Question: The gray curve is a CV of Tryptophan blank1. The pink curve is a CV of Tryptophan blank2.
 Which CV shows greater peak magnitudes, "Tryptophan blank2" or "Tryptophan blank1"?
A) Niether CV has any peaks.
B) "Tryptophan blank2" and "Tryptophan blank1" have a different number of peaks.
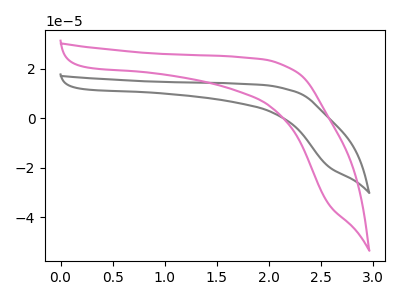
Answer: <think>The gray curve "Tryptophan blank1" has no peaks. The pink curve "Tryptophan blank2" has no peaks.</think>
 <answer>A) Niether CV has any peaks.</answer>
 <eval>A</eval>